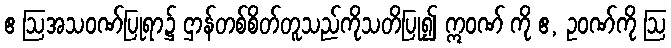
ဧ ဩအသဝဏ်ပြုရာ၌ ဌာန်တစ်စိတ်တူသည်ကိုသတိပြု၍ ဣဝဏ် ကို ဧ, ဥဝဏ်ကို ဩ